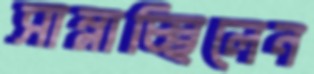
সাম্‌লাচ্ছিলেন